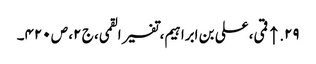
۲۹. ↑ قمی، علی بن ابراہیم، تفسیر القمی، ج ۲، ص ۴۲۰۔